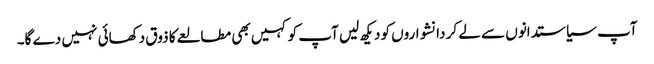
آپ سیاستدانوں سے لے کر دانشواروں کو دیکھ لیں آپ کو کہیں بھی مطالعے کا ذوق دکھائی نہیں دے گا۔